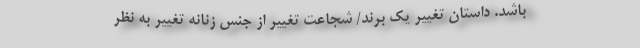
باشد. داستان تغییر یک برند/ شجاعت تغییر از جنس زنانه تغییر به نظر